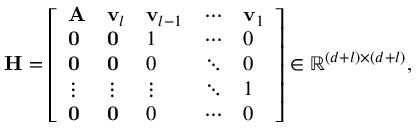
\mathbf { H } = { \left[ \begin{array} { l l l l l } { \mathbf { A } } & { \mathbf { v } _ { l } } & { \mathbf { v } _ { l - 1 } } & { \cdots } & { \mathbf { v } _ { 1 } } \\ { \mathbf { 0 } } & { \mathbf { 0 } } & { 1 } & { \cdots } & { 0 } \\ { \mathbf { 0 } } & { \mathbf { 0 } } & { 0 } & { \ddots } & { 0 } \\ { \vdots } & { \vdots } & { \vdots } & { \ddots } & { 1 } \\ { \mathbf { 0 } } & { \mathbf { 0 } } & { 0 } & { \cdots } & { 0 } \end{array} \right] } \in \mathbb { R } ^ { ( d + l ) \times ( d + l ) } ,